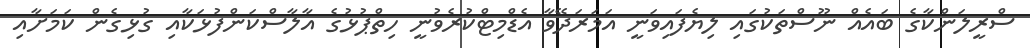
ސްރީލަންކާގެ ބައެއް ނޫސްތަކުގައި ލިޔެފައިވަނީ އަމަރަދޭވާ އެޑްމިޓްކުރެވުނީ ހިތްޕުޅުގެ އާލާސްކަންފުޅަކާއި ގުޅިގެން ކަމަށާއި